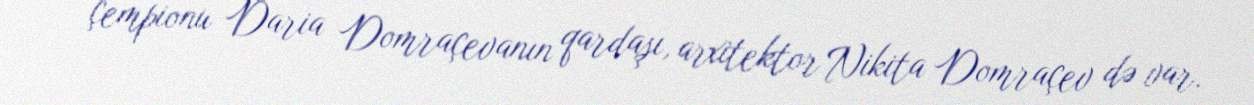
çempionu Daria Domraçevanın qardaşı, arxitektor Nikita Domraçev də var.